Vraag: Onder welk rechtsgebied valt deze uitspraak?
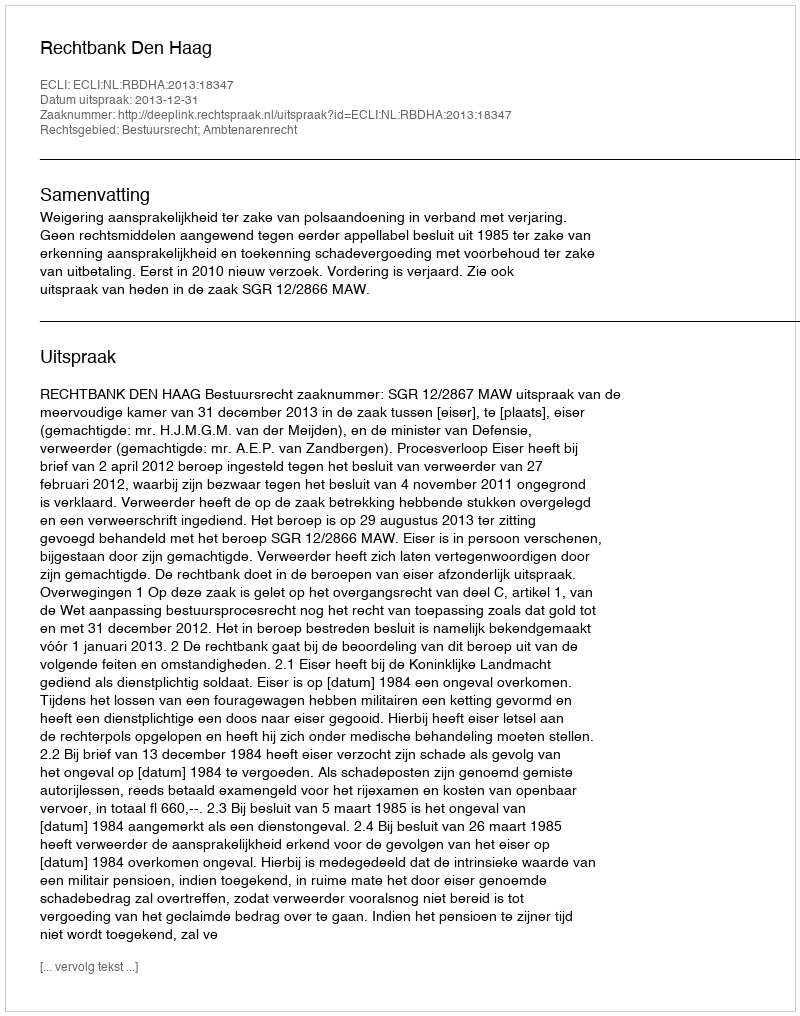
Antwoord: Bestuursrecht; Ambtenarenrecht